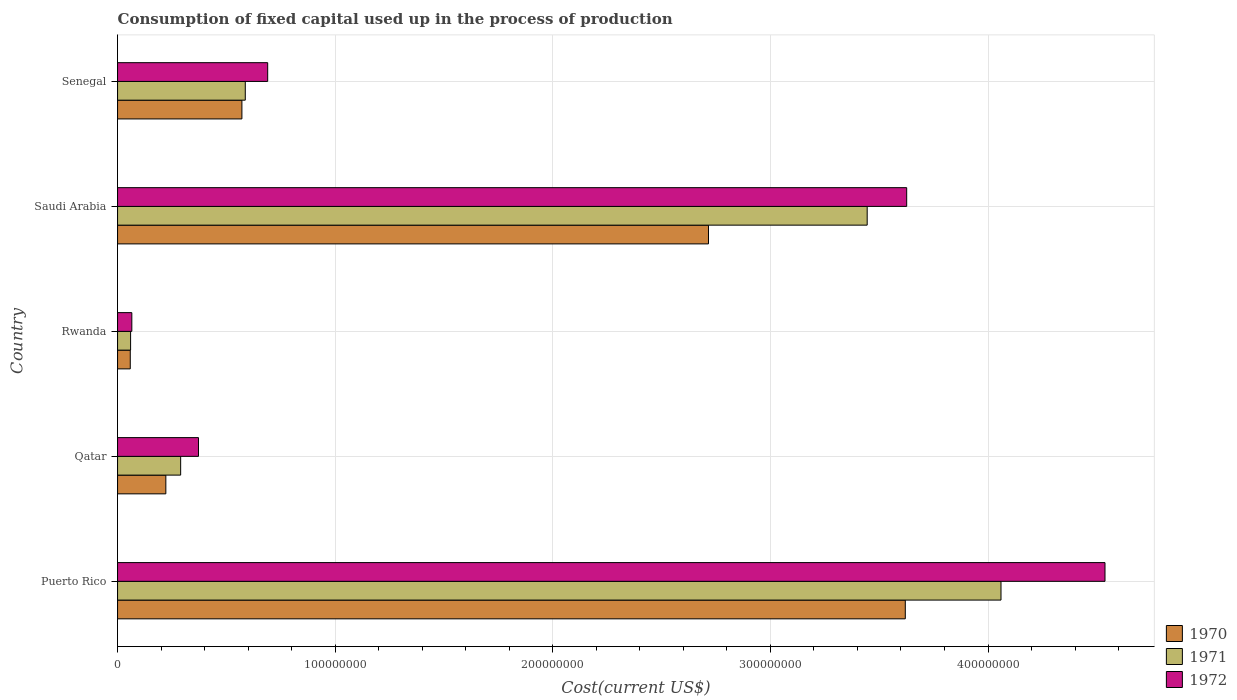
| Country | 1970 | 1971 | 1972 |
 | --- | --- | --- | --- |
 | Puerto Rico | 3.62e+08 | 4.06e+08 | 4.54e+08 |
 | Qatar | 2.22e+07 | 2.9e+07 | 3.72e+07 |
 | Rwanda | 5.84e+06 | 5.99e+06 | 6.56e+06 |
 | Saudi Arabia | 2.72e+08 | 3.44e+08 | 3.63e+08 |
 | Senegal | 5.71e+07 | 5.87e+07 | 6.9e+07 |